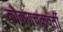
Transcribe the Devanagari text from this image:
कोकणचक्रवर्ती